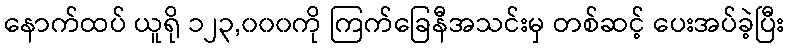
နောက်ထပ် ယူရို ၁၂၃,၀၀၀ကို ကြက်ခြေနီအသင်းမှ တစ်ဆင့် ပေးအပ်ခဲ့ပြီး